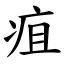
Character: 疽